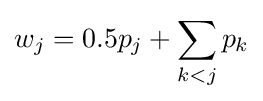
w_{j}=0.5p_{j}+\sum _{k<j}{p_{k}}